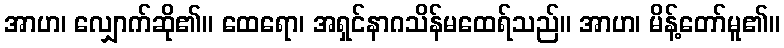
အာဟ၊ လျှောက်ဆို၏။ ထေရော၊ အရှင်နာဂသိန်မထေရ်သည်။ အာဟ၊ မိန့်တော်မူ၏။